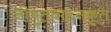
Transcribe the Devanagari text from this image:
जीमूतवाहनकृत